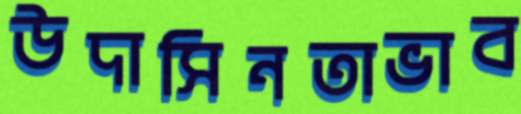
উদাসিনতাভাব